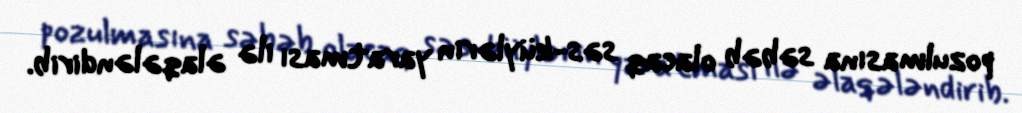
pozulmasına səbəb olacaq səs-küylərin yaratması ilə əlaqələndirib.